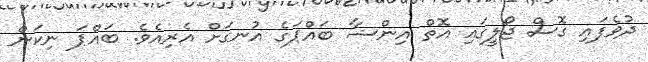
ދުވެފައި ގޮސް ޖޯލީގައި އޮތް އިންޝާ ބައްޕަގެ އުނގަށް އެރިއެވެ. ބައްޕަ ނިކަން